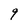
Character: 9